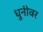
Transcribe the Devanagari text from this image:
धुनीवर